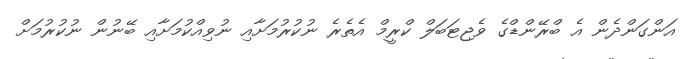
އަންގަންދެން އެ ބްރޭންޑްގެ ވެޖިޓަބަލް ކްރީމް އެތެރެެ ނުކުރުމަށާއި ނުވިއްކުމަށާއި ބޭނުން ނުކުރުމަށް